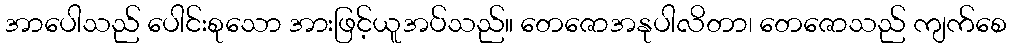
အာပေါသည် ပေါင်းစုသော အားဖြင့်ယူအပ်သည်။ တေဇောအနုပါလိတာ၊ တေဇောသည် ကျက်စေ